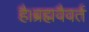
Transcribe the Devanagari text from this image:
है।ब्रह्मवैवर्त